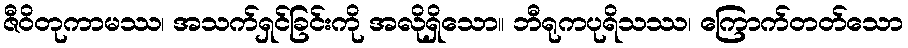
ဇီဝိတုကာမဿ၊ အသက်ရှင်ခြင်းကို အလိုရှိသော။ ဘီရုကပုရိသဿ၊ ကြောက်တတ်သော